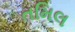
તમિલ